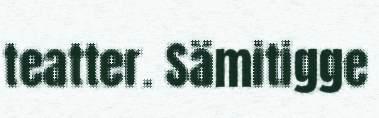
teatter. Sämitigge